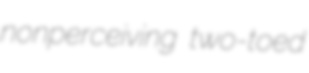
nonperceiving two-toed